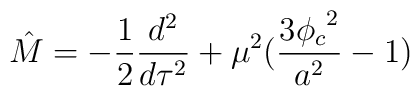
\hat{M} = -\frac{1}{2} \frac{d^2}{d\tau^2} +\mu^2 (\frac{3{\phi_c}^2}{a^2} -1)